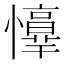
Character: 𢤈